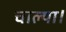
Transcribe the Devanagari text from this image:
चाल्या।